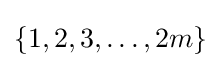
\{1,2,3,\dots ,2m\}